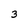
Character: 3